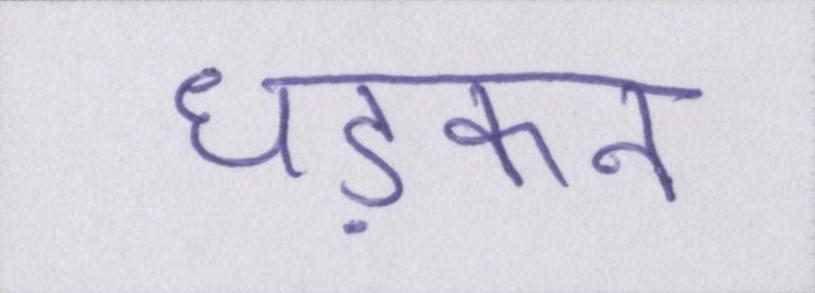
धड़कन